Vaccination report Assam 1896-1927 - 1896-1927
Year: 1896
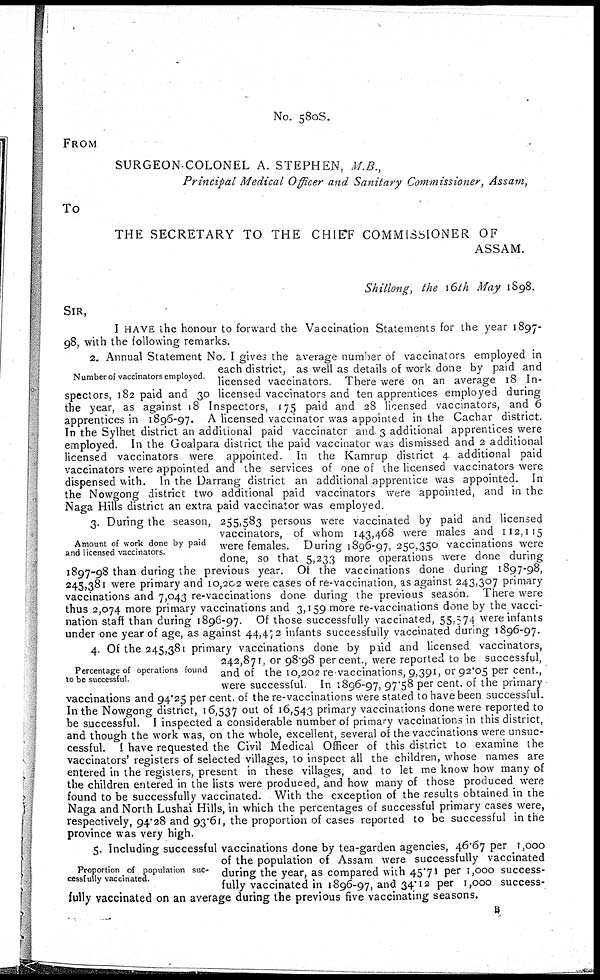
No. 580S.
FROM
SURGEON-COLONEL A. STEPHEN, M.B.,
Principal Medical Officer and Sanitary Commissioner, Assam,
To
THE SECRETARY TO THE CHIEF COMMISSIONER OF
ASSAM.
Shillong, the 16th May 1898.
SIR,
I HAVE the honour to forward the Vaccination Statements for the year 1897-
98, with the following remarks.
Number of vaccinators employed.
2. Annual Statement No. I gives the average number of vaccinators employed in
each district, as well as details of work done by paid and
licensed vaccinators. There were on an average 18 In-
spectors, 182 paid and 30 licensed vaccinators and ten apprentices employed during
the year, as against 18 Inspectors, 175 paid and 28 licensed vaccinators, and 6
apprentices in 1896-97. A licensed vaccinator was appointed in the Cachar district.
In the Sylhet district an additional paid vaccinator and 3 additional apprentices were
employed. In the Goalpara district the paid vaccinator was dismissed and 2 additional
licensed vaccinators were appointed. In the Kamrup district 4 additional paid
vaccinators were appointed and the services of one of the licensed vaccinators were
dispensed with. In the Darrang district an additional apprentice was appointed. In
the Nowgong district two additional paid vaccinators were appointed, and in the
Naga Hills district an extra paid vaccinator was employed.
Amount of work done by paid
and licensed vaccinators.
3. During the season, 255,583 persons were vaccinated by paid and licensed
vaccinators, of whom 143,468 were males and 112,115
were females. During 1896-97, 250,350 vaccinations were
done, so that 5,233 more operations were done during
1897-98 than during the previous year. Of the vaccinations done during 1897-98,
245,381 were primary and 10,202 were cases of re-vaccination, as against 243,307 primary
vaccinations and 7,043 re-vaccinations done during the previous season. There were
thus 2,074 more primary vaccinations and 3,159 more re-vaccinations done by the vacci-
nation staff than during 1896-97. Of those successfully vaccinated, 55,574 were infants
under one year of age, as against 44,472 infants successfully vaccinated during 1896-97.
Percentage of operations found
to be successful.
4. Of the 245,381 primary vaccinations done by paid and licensed vaccinators,
242,871, or 98.98 per cent., were reported to be successful,
and of the 10,202 re-vaccinations, 9,391, or 92.05 per cent.,
were successful. In 1896-97, 97.58 per cent. of the primary
vaccinations and 94.25 per cent. of the re-vaccinations were stated to have been successful.
In the Nowgong district, 16,537 out of 16,543 primary vaccinations done were reported to
be successful. I inspected a considerable number of primary vaccinations in this district,
and though the work was, on the whole, excellent, several of the vaccinations were unsuc-
cessful. I have requested the Civil Medical Officer of this district to examine the
vaccinators' registers of selected villages, to inspect all the children, whose names are
entered in the registers, present in these villages, and to let me know how many of
the children entered in the lists were produced, and how many of those produced were
found to be successfully vaccinated. With the exception of the results obtained in the
Naga and North Lushai Hills, in which the percentages of successful primary cases were,
respectively, 94.28 and 93.61, the proportion of cases reported to be successful in the
province was very high.
Proportion of population suc-
cessfully vaccinated.
5. Including successful vaccinations done by tea-garden agencies, 46.67 per 1,000
of the population of Assam were successfully vaccinated
during the year, as compared with 45.71 per 1,000 success-
fully vaccinated in 1896-97, and 34.12 per 1,000 success-
fully vaccinated on an average during the previous five vaccinating seasons.
B